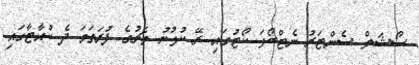
ސޯޝަލް ސެންޓަރު ނެޓްބޯޅަ ކޯޓުގައި ރޭ ކުޅުނު މެޗުގެ ފުރަތަމަ ދެ ކުއާޓާގައި